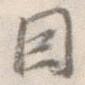
因